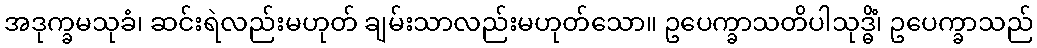
အဒုက္ခမသုခံ၊ ဆင်းရဲလည်းမဟုတ် ချမ်းသာလည်းမဟုတ်သော။ ဥပေက္ခာသတိပါသုဒ္ဓိံ၊ ဥပေက္ခာသည်